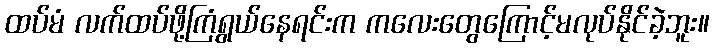
ထပ်မံ လက်ထပ်ဖို့ကြံရွယ်နေရင်းက ကလေးတွေကြောင့်မလုပ်နိုင်ခဲ့ဘူး။